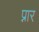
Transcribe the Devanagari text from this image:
प्नार